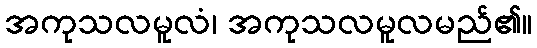
အကုသလမူလံ၊ အကုသလမူလမည်၏။